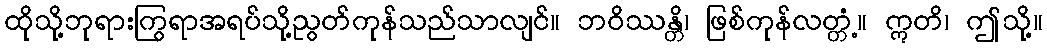
ထိုသို့ဘုရားကြွရာအရပ်သို့ညွတ်ကုန်သည်သာလျင်။ ဘဝိဿန္တိ၊ ဖြစ်ကုန်လတ္တံ့။ ဣတိ၊ ဤသို့။